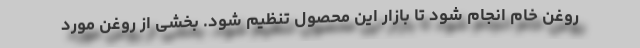
روغن خام انجام شود تا بازار این محصول تنظیم شود. بخشی از روغن مورد